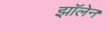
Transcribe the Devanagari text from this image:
झॉलेन